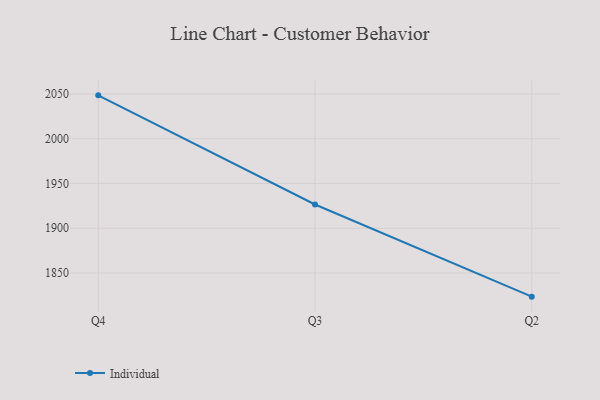
{"axis": {"x": "Quarter", "y": "Budget (USD K)"}, "legend": ["Individual"], "data": [{"x": "Q4", "y": 2048.4, "type": "Individual"}, {"x": "Q3", "y": 1926.5, "type": "Individual"}, {"x": "Q2", "y": 1823.6, "type": "Individual"}]}